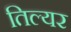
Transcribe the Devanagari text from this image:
तिल्यर